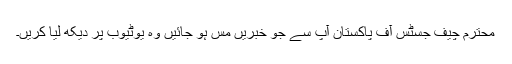
محترم چیف جسٹس آف پاکستان آپ سے جو خبریں مس ہو جائیں وہ یوٹیوب پر دیکھ لیا کریں۔